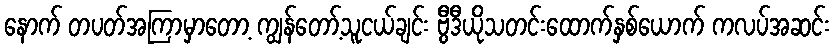
နောက် တပတ်အကြာမှာတော့ ကျွန်တော့်သူငယ်ချင်း ဗွီဒီယိုသတင်းထောက်နှစ်ယောက် ကလပ်အဆင်း